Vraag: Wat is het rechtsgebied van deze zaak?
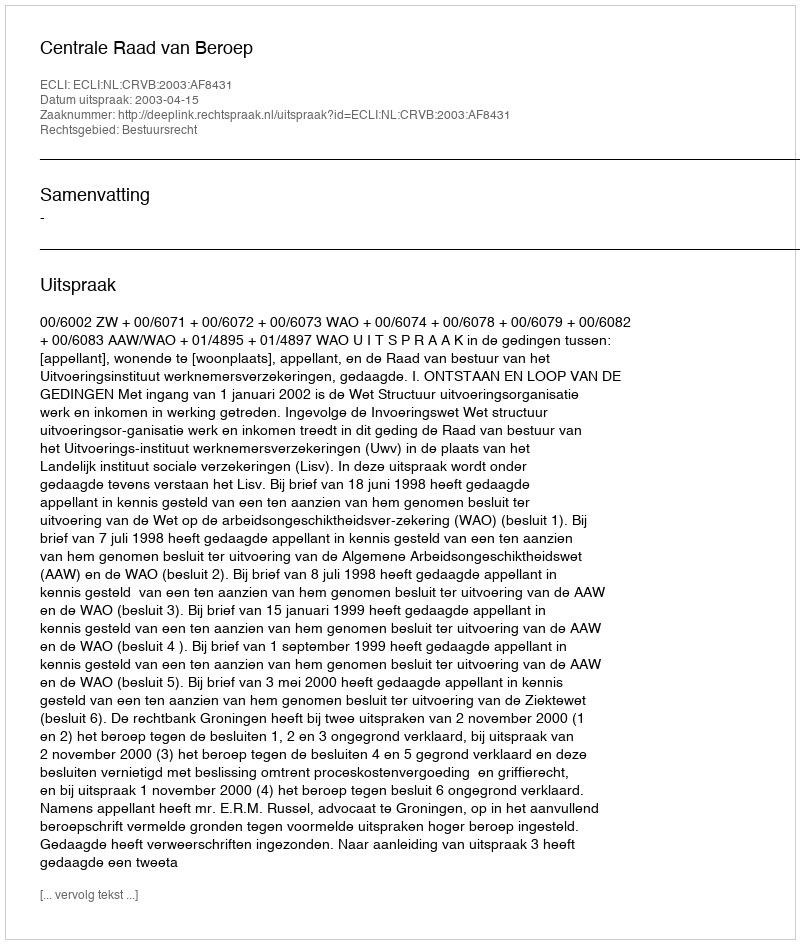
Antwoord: Bestuursrecht